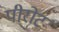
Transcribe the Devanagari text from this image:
पीरोट